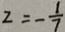
z = - \frac { 1 } { 7 }